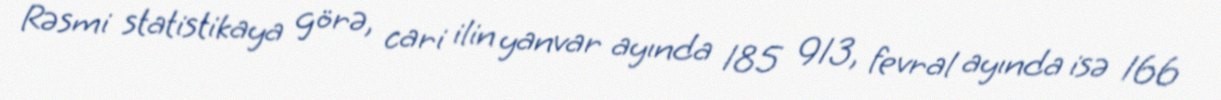
Rəsmi statistikaya görə, cari ilin yanvar ayında 185 913, fevral ayında isə 166